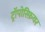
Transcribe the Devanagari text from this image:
ट्रॉपोस्फ़ियर